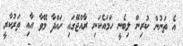
އެ ތަނުން ކުރިން ލިބެނީ ހަމައެކަނި ރާއްޖޭގައި ހައްދާ މޭވާ އާއި ތަރުކާރީ